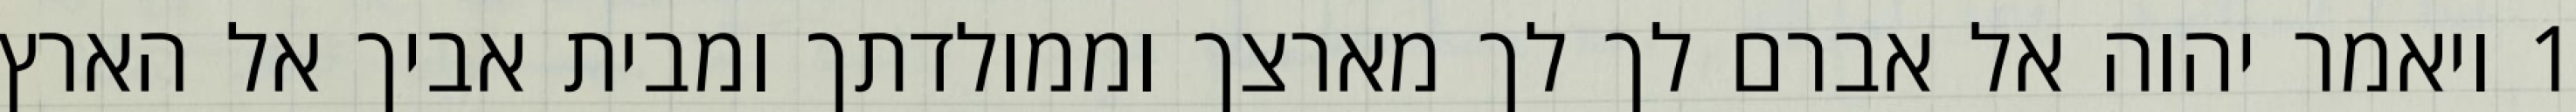
1 ויאמר יהוה אל אברם לך לך מארצך וממולדתך ומבית אביך אל הארץ